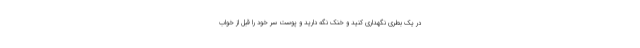
در یک بطری نگهداری کنید و خنک نگه دارید و پوست سر خود را قبل از خواب